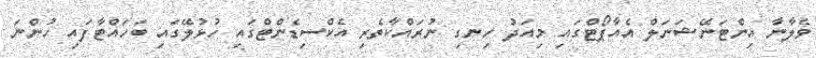
ވެލާނާ އިންޓަނޭޝަނަލް އެއާޕޯޓްގައި މިއަދު ހިނގި ނުރައްކާތެރި އެކްސިޑެންޓްގައި ހުޅުލޭގައި ބަހައްޓާފައި ހުންނަ